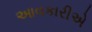
આવકારીએ